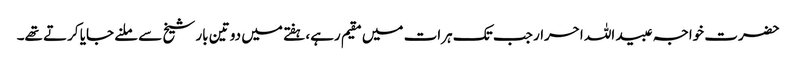
حضرت خواجہ عبید اللہ احرار جب تک ہرات میں مقیم رہے، ہفتے میں دو تین بار شیخ سے ملنے جایا کرتے تھے۔